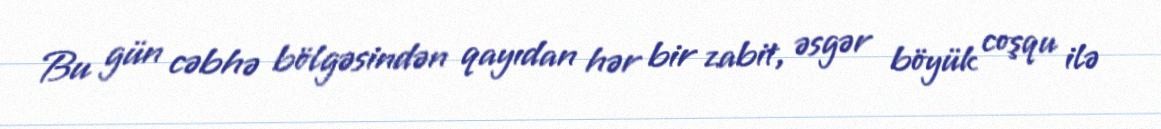
Bu gün cəbhə bölgəsindən qayıdan hər bir zabit, əsgər böyük coşqu ilə